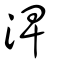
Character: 渒